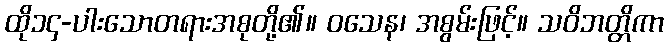
ထို၁၄-ပါးသောတရားအစုတို့၏။ ဝသေန၊ အစွမ်းဖြင့်။ သဝိဘတ္တိကာ